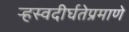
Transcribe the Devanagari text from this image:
र्‍हस्वदीर्घतेप्रमाणे